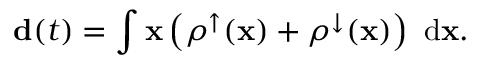
{ \bf d } ( t ) = \int { { \bf x } \left( \rho ^ { \uparrow } ( { \bf x } ) + \rho ^ { \downarrow } ( { \bf x } ) \right) \ \mathrm { d } { \bf x } } .